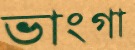
ভাংগা